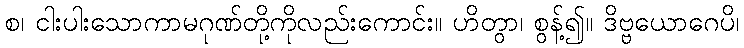
စ၊ ငါးပါးသောကာမဂုဏ်တို့ကိုလည်းကောင်း။ ဟိတွာ၊ စွန့်၍။ ဒိဗ္ဗယောဂေပိ၊